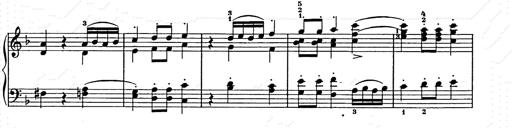
Title: Weihnachtsbaum
Composer: Franz Liszt